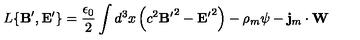
L \{ { { \bf B } ^ { \prime } } , { { \bf E } ^ { \prime } } \} = \frac { \epsilon _ { 0 } } { 2 } \int d ^ { 3 } x \left( c ^ { 2 } { { \bf B } ^ { \prime } } ^ { 2 } - { { \bf E } ^ { \prime } } ^ { 2 } \right) - \rho _ { m } \psi - { \bf j } _ { m } \cdot { \bf W }